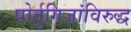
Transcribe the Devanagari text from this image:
पोर्तुगिजांविरुद्ध